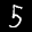
Label: 5